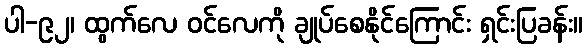
ပါ-၉၂၊ ထွက်လေ ဝင်လေကို ချုပ်စေနိုင်ကြောင်း ရှင်းပြခန်း။